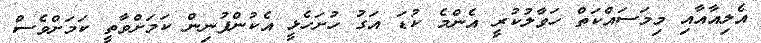
އެލިއާއާއި މިމަސައްކަތް ހަވާލުކުރީ އެންމެ ކުޑަ އަގު ހުށަހެޅީ އެކުންފުނިން ކަމަށްވާތީ ކަމަށްވެސް